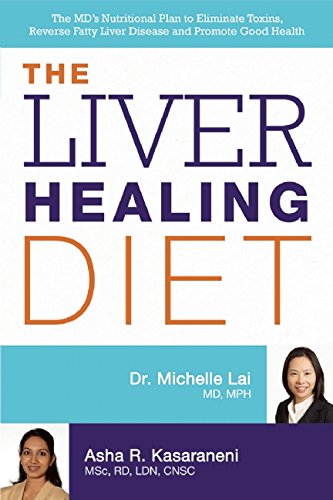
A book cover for The Liver Healing Diet: The MD's Nutritional Plan to Eliminate Toxins, Reverse Fatty Liver Disease and Promote Good Health; Michelle Lai; Health, Fitness & Dieting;